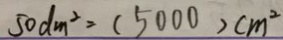
5 0 d m ^ { 2 } = ( 5 0 0 0 ) c m ^ { 2 }